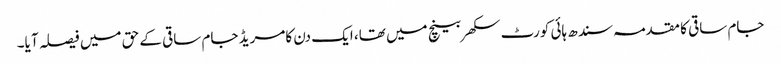
جام ساقی کا مقدمہ سندھ ہائی کورٹ سکھر بینچ میں تھا، ایک دن کامریڈ جام ساقی کے حق میں فیصلہ آ یا۔